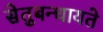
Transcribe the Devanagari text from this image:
सेतुबन्धायते